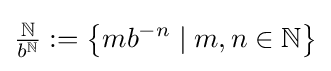
{\tfrac {\mathbb {N} }{b^{\mathbb {N} }}}:=\left\{mb^{-n}\mid m,n\in \mathbb {N} \right\}